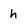
Character: h